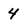
Character: 4